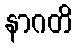
နာဂတိ